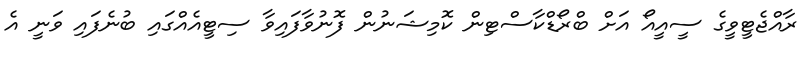
ރާއްޖެޓީވީގެ ސީއީއޯ އަށް ބްރޯޑްކާސްޓިން ކޮމިޝަނުން ފޮނުވާފައިވާ ސިޓީއެއްގައި ބުނެފައި ވަނީ އެ